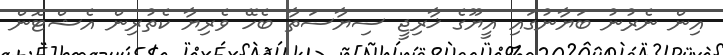
އިން ނެރުނު ބަޔާނުގައި އީޔޫގެ ޚާރިޖީ ސިޔާސަތާ ބެހޭ ވެރިޔާ ކެތުރިން އެޝްޓޮން